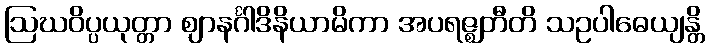
ဩဃဝိပ္ပယုတ္တာ ဈာနင်္ဂါဒိနိယာမိကာ အပရဇ္ဈတီတိ သဥပါဓေယျန္တိ